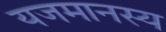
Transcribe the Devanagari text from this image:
यजमानस्य